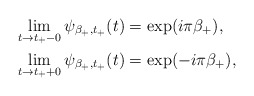
\begin{align*} \lim_{t\to t_+ -0} \psi_{\beta_+,t_+}(t)&= \exp(i \pi\beta_+),\\ \lim_{t\to t_++0} \psi_{\beta_+,t_+}(t)&= \exp(- i \pi\beta_+),\end{align*}